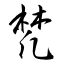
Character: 梵